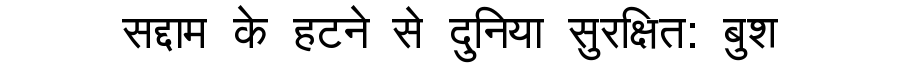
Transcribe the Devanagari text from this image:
सद्दाम के हटने से दुनिया सुरक्षित: बुश